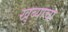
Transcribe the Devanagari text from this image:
खुब्याचा